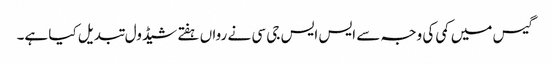
گیس میں کمی کی وجہ سے ایس ایس جی سی نے رواں ہفتے شیڈول تبدیل کیا ہے۔